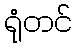
ရုံတင်